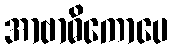
အာဗာဓိကောပေ